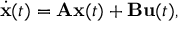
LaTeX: { \dot { \mathbf { x } } } ( t ) = \mathbf { A } \mathbf { x } ( t ) + \mathbf { B } \mathbf { u } ( t ) ,